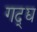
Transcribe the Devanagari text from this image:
गद्द्य